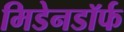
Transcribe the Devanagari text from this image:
मिडेनडॉर्फ